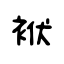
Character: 袱